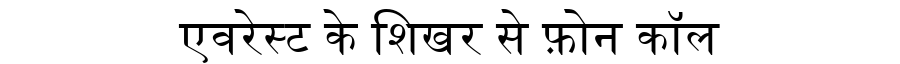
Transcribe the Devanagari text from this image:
एवरेस्ट के शिखर से फ़ोन कॉल